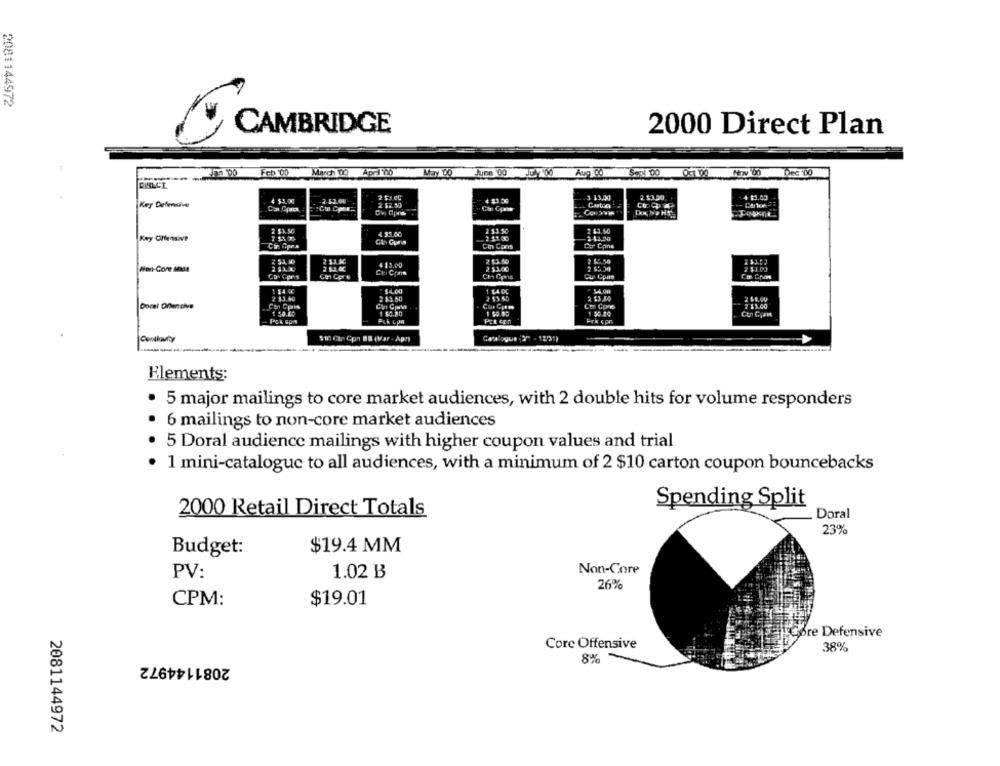
2081144972
CAMBRIDGE
2000 Direct Plan
1 00 Feb 00
March 010
April 100
Aug Co
Now '00
CIRLCL
2-57.00-
4 83.00
3 13,00
4 13.03
Key Defensive
2 12.50
Cuba
2 63.50
Key Offensive
4 33.00
253.30
-42.00
Cin Cans
Cir Cons
2 53.00
Tasa
Wort-Core Mada
2 13.00
4 13.00
2 51.00
2 53.00
Cin Core
Cti Cos
CH Cos
w Cpam
$4.00
1 LA OC
54.00
2 33.60
2 $3 65
2 13,40
Doral Dilencive
Cen Cpis
Co Cons
2 13.00
1 $0.80
1 $0.40
PER con
Frk cpr
$10 Can Cpn B8 (Var . Apn)
Catalogue (3 - 1231)
-
Elements:
5 major mailings to core market audiences, with 2 double hits for volume responders
6 mailings to non-core market audiences
5 Doral audience mailings with higher coupon values and trial
1 mini-catalogue to all audiences, with a minimum of 2 $10 carton coupon bouncebacks
Spending Split
2000 Retail Direct Totals
Doral
23%
$19.4 MM
Budget:
PV:
1.02 B
Non-Core
26%
CPM:
$19.01
Core Defensive
Core Offensive
38%
2081144972
8%
2081144972